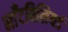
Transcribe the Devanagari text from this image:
माँटबिलियर्ड